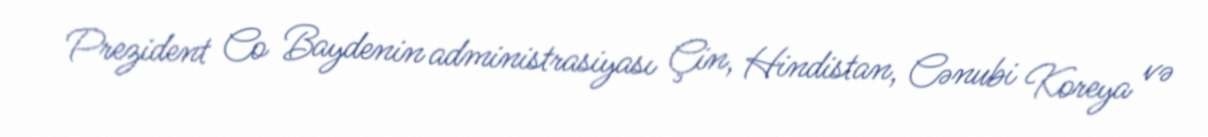
Prezident Co Baydenin administrasiyası Çin, Hindistan, Cənubi Koreya və